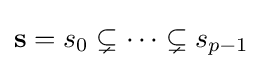
\mathbf {s} =s_{0}\subsetneq \dots \subsetneq s_{p-1}